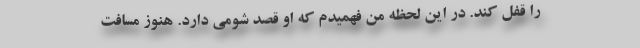
را قفل کند. در این لحظه من فهمیدم که او قصد شومی دارد. هنوز مسافت